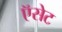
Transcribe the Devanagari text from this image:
ऍसेट